Vaccination in Bombay 1863-1868 - 1863-1868
Year: 1863
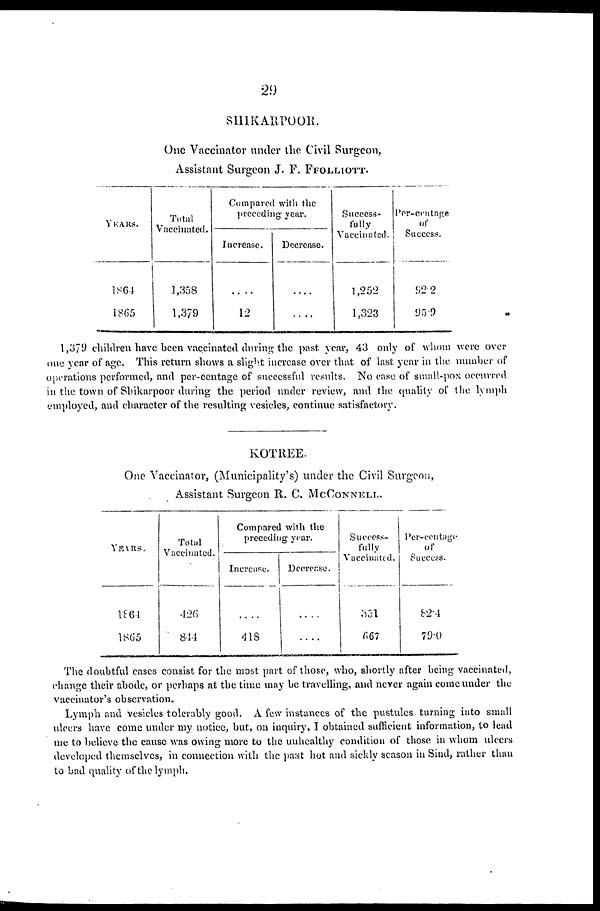
29
SHIKARPOOR.
One Vaccinator under the Civil Surgeon,
Assistant Surgeon J. F. FFOLLIOTT.
YEARS.
1864
1865
Total
Vaccinated.
1,358
1,379
Compared with the
preceding year.
Increase.
....
12
Decrease.
....
....
Success-
fully
Vaccinated.
1,252
1,323
Per-centage
of
Success.
92.2
95.9
1,379 children have been vaccinated during the past year, 43 only of whom were over
one year of age. This return shows a slight increase over that of last year in the number of
operations performed, and per-centage of successful results. No case of small-pox occurred
in the town of Shikarpoor during the period under review, and the quality of the lymph
employed, and character of the resulting vesicles, continue satisfactory.
KOTREE.
One Vaccinator, (Municipality's) under the Civil Surgeon,
Assistant Surgeon R. C. MCCONNELL.
YEARS.
1864
1865
Total
Vaccinated.
426
814
Compared with the
preceding year.
Increase.
....
418
Decrease
....
....
Success-
fully
Vaccinated.
351
667
Per-centage
of
Success.
82.4
79.0
The doubtful cases consist for the most part of those, who, shortly after being vaccinated,
change their abode, or perhaps at the time may be travelling, and never again come under the
vaccinator's observation.
Lymph and vesicles tolerably good. A few instances of the pustules turning into small
ulcers have come under my notice, but, on inquiry, I obtained sufficient information, to lead
me to believe the cause was owing more to the unhealthy condition of those in whom ulcers
developed themselves, in connection with the past hot and sickly season in Sind, rather than
to bad quality of the lymph.